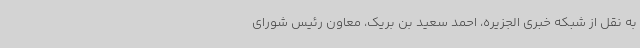
به نقل از شبکه خبری الجزیره، احمد سعید بن بریک، معاون رئیس شورای